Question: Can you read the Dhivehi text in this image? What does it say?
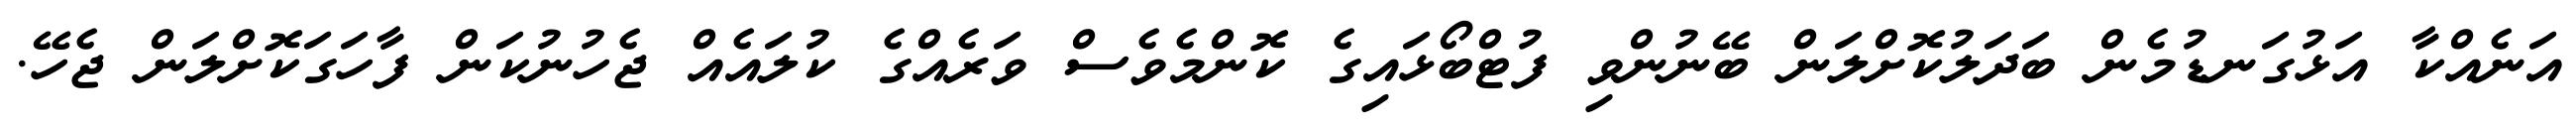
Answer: އަނެއްކާ އަޅުގަނޑުމެން ބަދަލުކޮށްލަން ބޭނުންވި ފުޓްބޯޅައިގެ ކޮންމެވެސް ވަރެއްގެ ކުލައެއް ޖެހުނުކަން ފާހަގަކޮށްލަން ޖެހޭ.